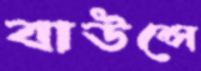
বাউন্সে